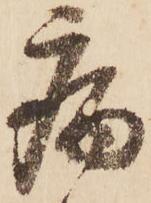
病